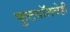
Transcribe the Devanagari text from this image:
फुटबॉलचेही